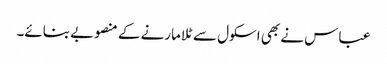
عباس نے بھی اسکول سے ٹلا مارنے کے منصوبے بنائے۔